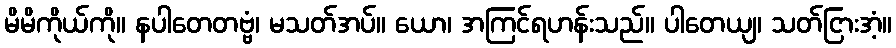
မိမိကိုယ်ကို။ နပါတေတဗ္ဗံ၊ မသတ်အပ်။ ယော၊ အကြင်ရဟန်းသည်။ ပါတေယျ၊ သတ်ငြားအံ့။